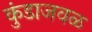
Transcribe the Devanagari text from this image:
कुंडाजवळ